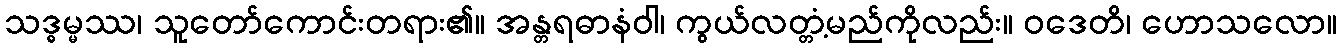
သဒ္ဓမ္မဿ၊ သူတော်ကောင်းတရား၏။ အန္တရဓာနံဝါ၊ ကွယ်လတ္တံ့မည်ကိုလည်း။ ဝဒေတိ၊ ဟောသလော။